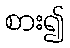
စား၍